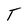
Character: T